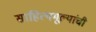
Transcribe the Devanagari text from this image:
साहित्यमूल्यांची